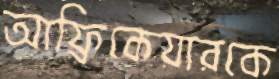
আফ্রিকেয়ারকে